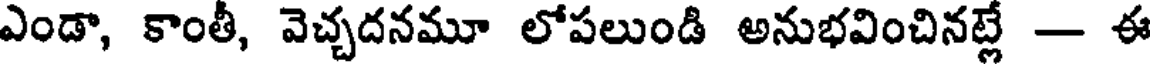
ఎండా, కాంతీ, వెచ్చదనమూ లోపలుండి అనుభవించినట్లే - ఈ